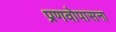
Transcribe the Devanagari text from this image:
प्रणवोपासना